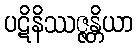
ပဋိနိဿဇ္ဇန္တိယာ